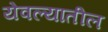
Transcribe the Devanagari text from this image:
येवल्यातील